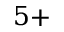
5 +